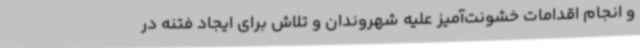
و انجام اقدامات خشونت‌آمیز علیه شهروندان و تلاش برای ایجاد فتنه در